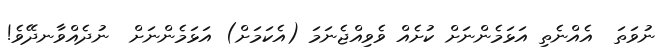
ނުވަތަ  އެއްނެތި އަޅަމެންނަށް ކުށެއް ވެވިއްޖެނަމަ (އެކަމަށް) އަޅަމެންނަށް  ނުދެއްވާނދޭވެ!